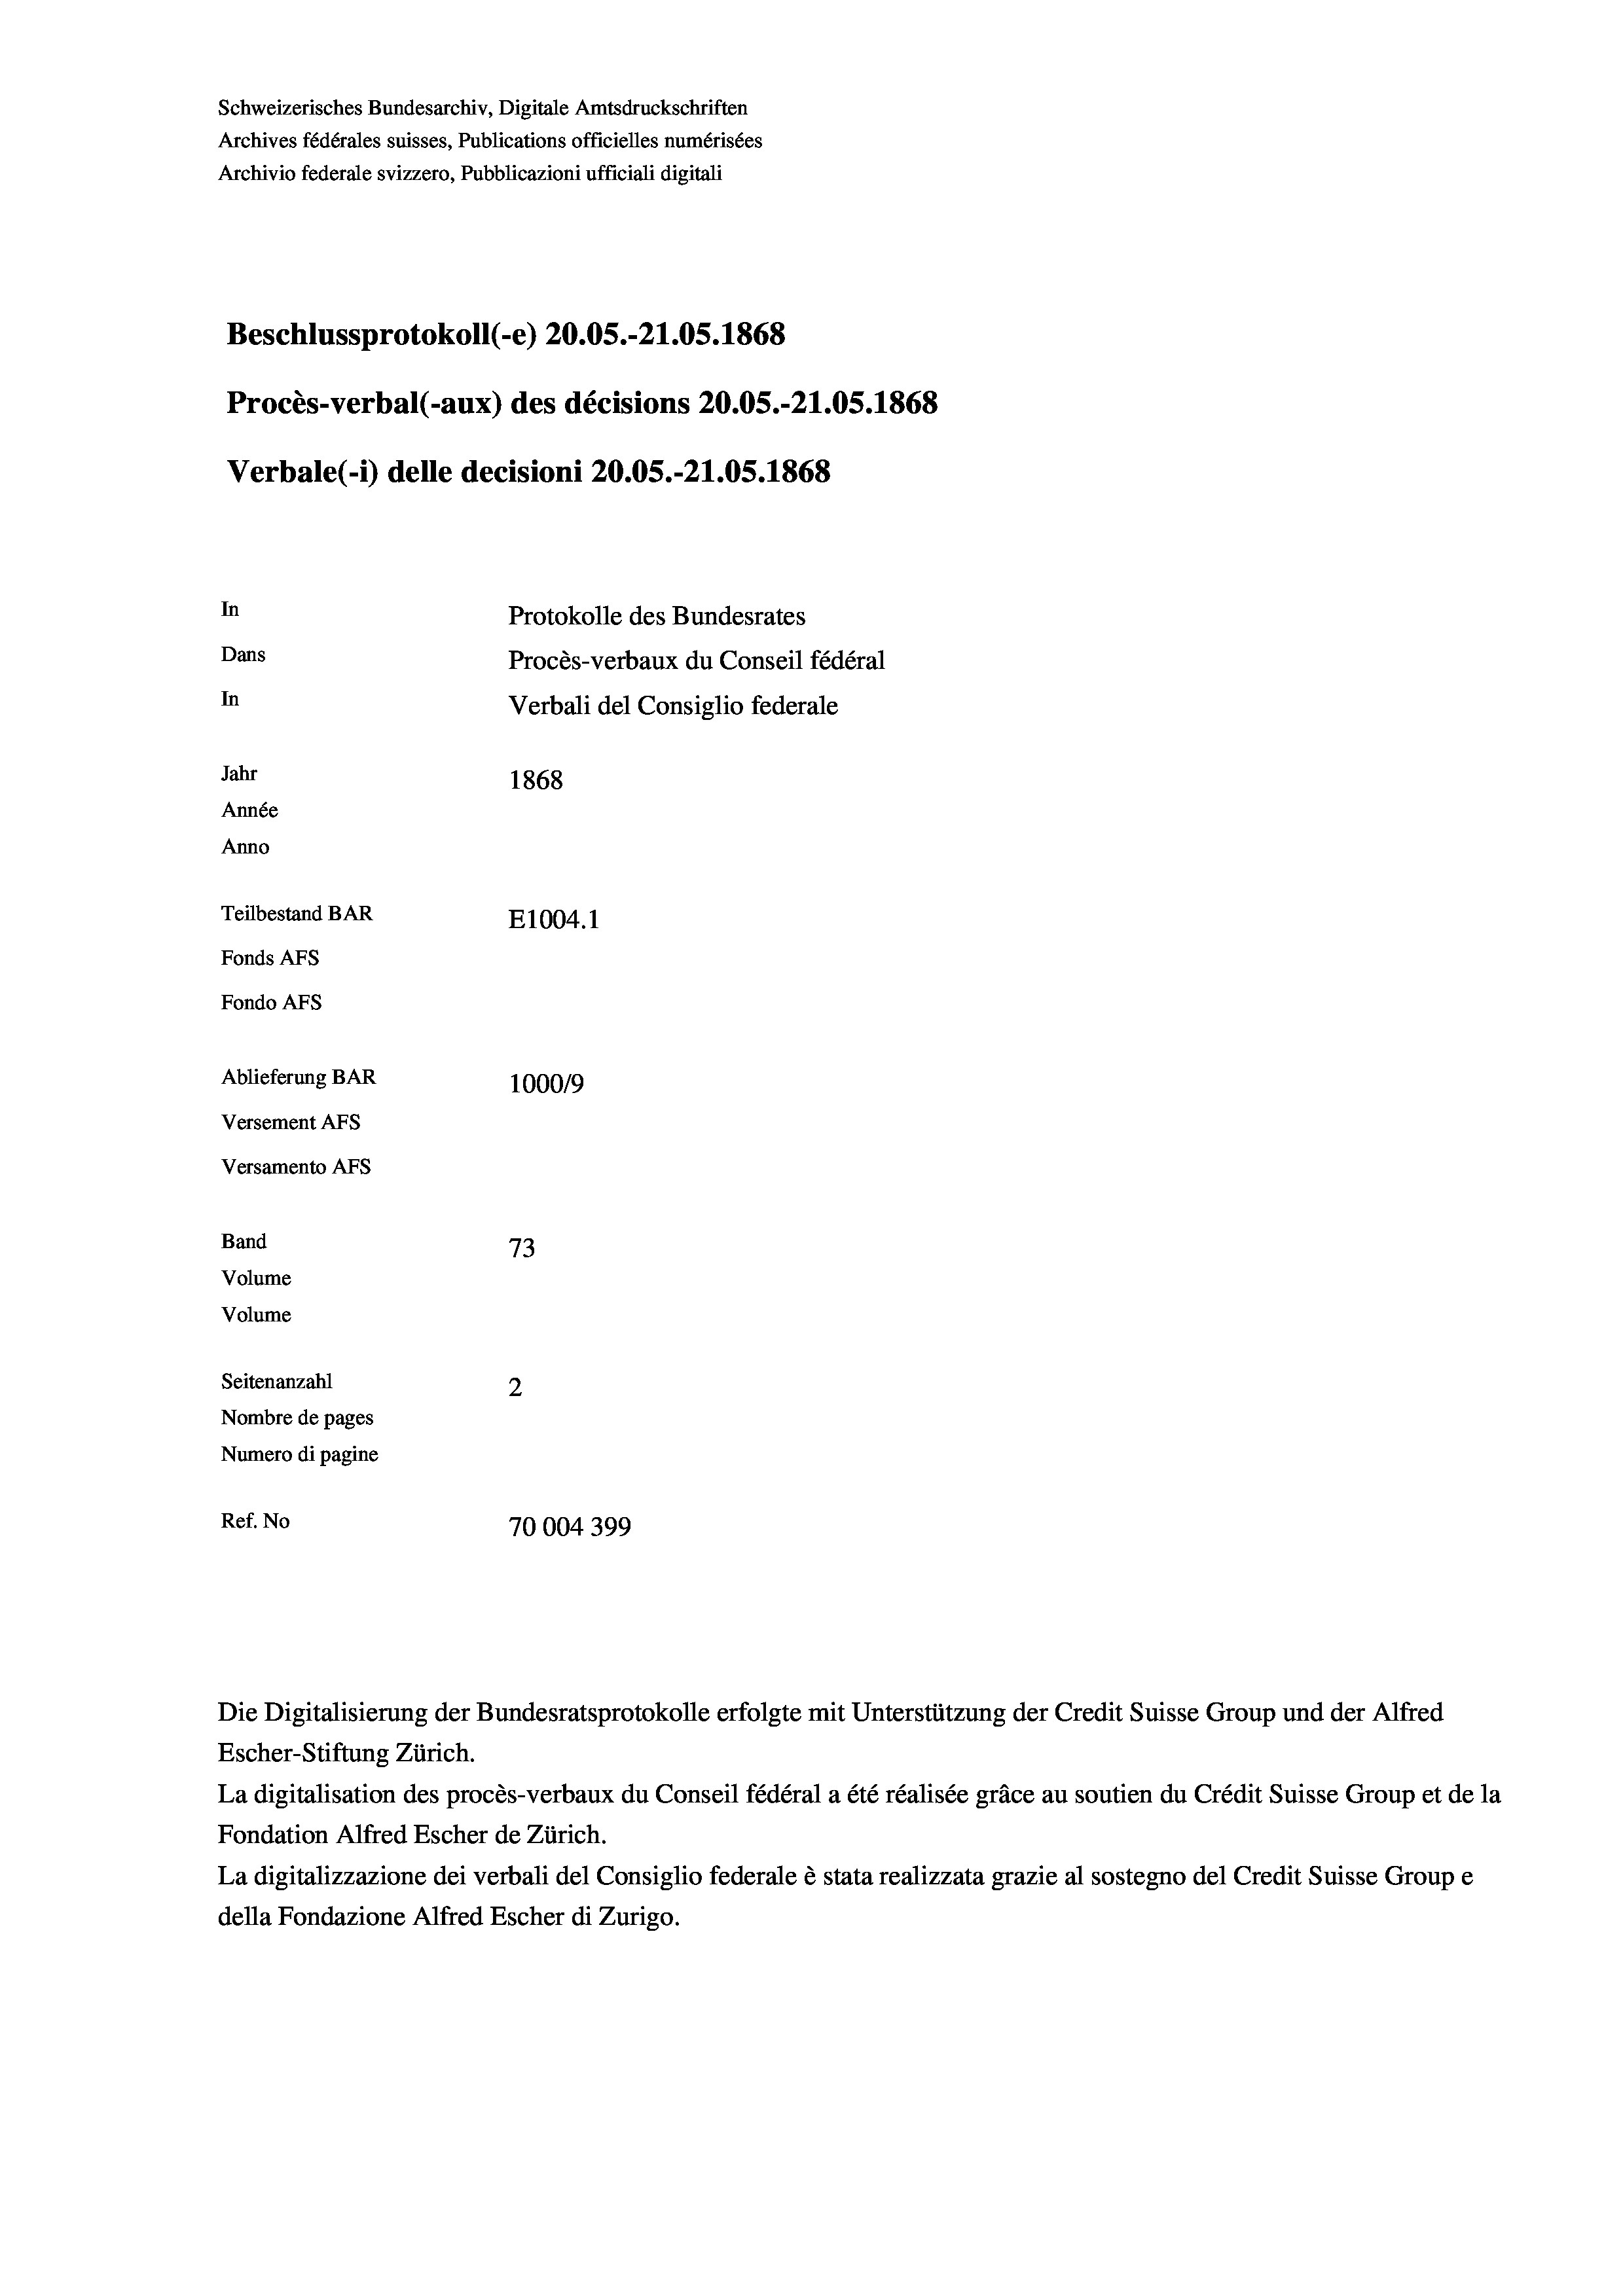
Schweizerisches Bundesarchiv, Digitale Amtsdruckschriften
Archives fédérales suisses, Publications officielles numérisées
Archivio federale svizzero, Pubblicazioni ufficiali digitali
Beschlussprotokoll (-e) 20.05.-21.05. 1868
Procès-verbal (-aux) des décisions 20.05.-21.05. 1868
Verbale(-*) delle decisioni 20.05.-21.05. 1868
In
Protokolle des Bundesrates
Dans
Procès-verbaux du Conseil fédéral
In
Verbali del Consiglio federale
Jahr
1868
Année
Anno
Teilbestand BAR
E1004.1
Fonds AFs
Fondo Afs
Ablieferung BAR
100019
Versement As
Versamento AFs
Band
73
Volume
Volume
Seitenanzahl
2

Nombre de pages
Numero di pagine
Ref. No
70004 399

Escher-Stiftung Zürich.
La digitalisation des procès-verbaux du Conseil fédéral a été réalisée gräce au soutien du Crédit Suisse Group et de la
Fondation Alfred Escher de Zürich.
La digitalizzazione dei verbali del Consiglio federale è stata realizzata grazie al sostegno del Credit Suisse Groupe
della Fondazione Alfred Escher di Zurigo.

Die Digitalisierung der Bundesratsprotokolle erfolgte mit Unterstützung der Credit Suisse Group und der Alfred